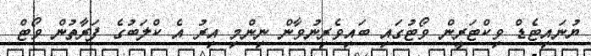
ޔުނައިޓެޑް ވިކްޓަރީން ވޯޓުގައި ބައިވެރިނުވާން ނިންމި އިރު އެ ކްލަބުގެ ފަރާތުން ވޯޓް